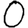
Digit: 0